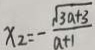
x _ { 2 } = - \frac { \sqrt { 3 a + 3 } } { a + 1 }